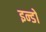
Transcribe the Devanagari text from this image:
इन्डो